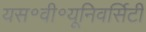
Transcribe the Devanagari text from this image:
यस॰वी॰यूनिवर्सिटी